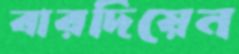
বারদিয়েন